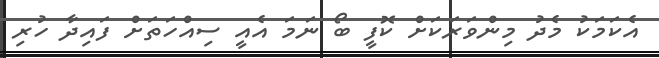
އެކަމަކު މެދު މިންވަރަކަށް ކޮފީ ބޯ ނަމަ އެއީ ސިއްހަތަށް ފައިދާ ހުރި